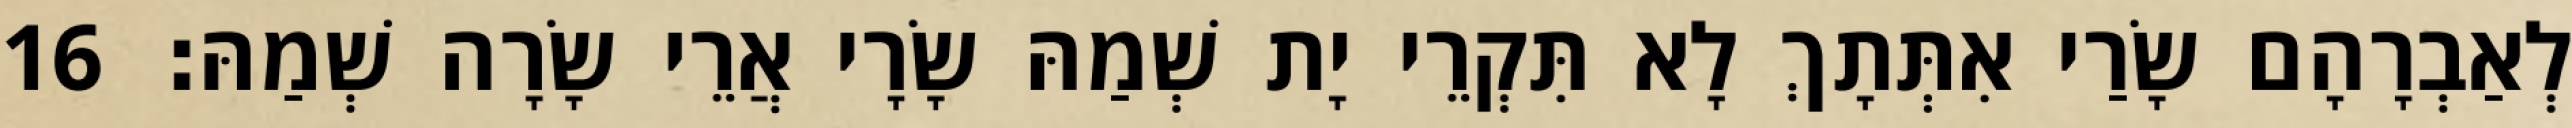
לְאַבְרָהָם שָׂרַי אִתְּתָךְ לָא תִּקְרֵי יָת שְׁמַהּ שָׂרָי אֲרֵי שָׂרָה שְׁמַהּ׃ 16